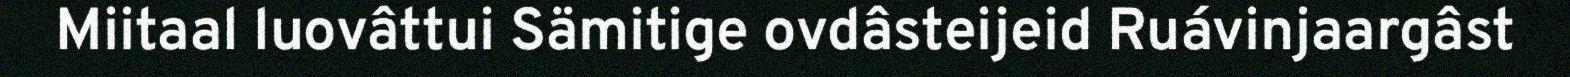
Miitaal luovâttui Sämitige ovdâsteijeid Ruávinjaargâst